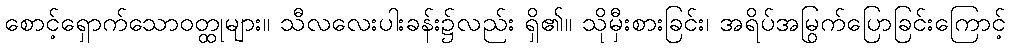
စောင့်ရှောက်သောဝတ္ထုများ။ သီလလေးပါးခန်း၌လည်း ရှိ၏။ သိုမှီးစားခြင်း၊ အရိပ်အမြွက်ပြောခြင်းကြောင့်